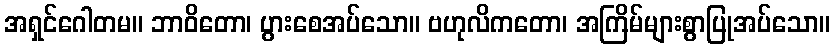
အရှင်ဂေါတမ။ ဘာဝိတော၊ ပွားစေအပ်သော။ ဗဟုလိကတော၊ အကြိမ်များစွာပြုအပ်သော။